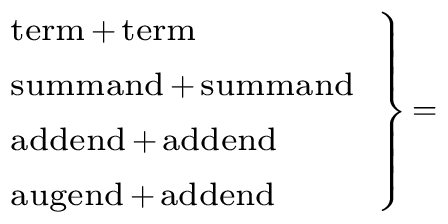
\scriptstyle \left. { \begin{array} { l } { \scriptstyle { \mathrm { t e r m } } \, + \, { \mathrm { t e r m } } } \\ { \scriptstyle { \mathrm { s u m m a n d } } \, + \, { \mathrm { s u m m a n d } } } \\ { \scriptstyle { \mathrm { a d d e n d } } \, + \, { \mathrm { a d d e n d } } } \\ { \scriptstyle { \mathrm { a u g e n d } } \, + \, { \mathrm { a d d e n d } } } \end{array} } \right\} \, =